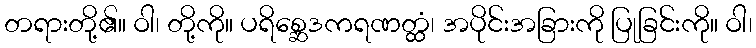
တရားတို့၏။ ဝါ၊ တို့ကို။ ပရိစ္ဆေဒကရဏတ္ထံ၊ အပိုင်းအခြားကို ပြုခြင်းကို။ ဝါ၊